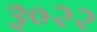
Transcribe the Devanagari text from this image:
३०२२